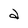
Character: a